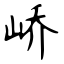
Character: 峤